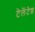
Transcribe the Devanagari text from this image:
टेलेंटेड